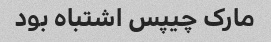
مارک چیپس اشتباه بود